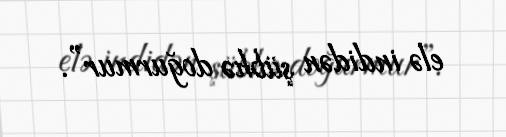
elə indidən şübhə doğurmur”.